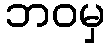
ဘဝမှ